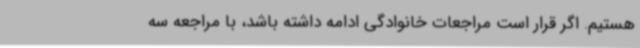
هستیم. اگر قرار است مراجعات خانوادگی ادامه داشته باشد، با مراجعه سه